Scottish Leaving Certificate Examination, 1957
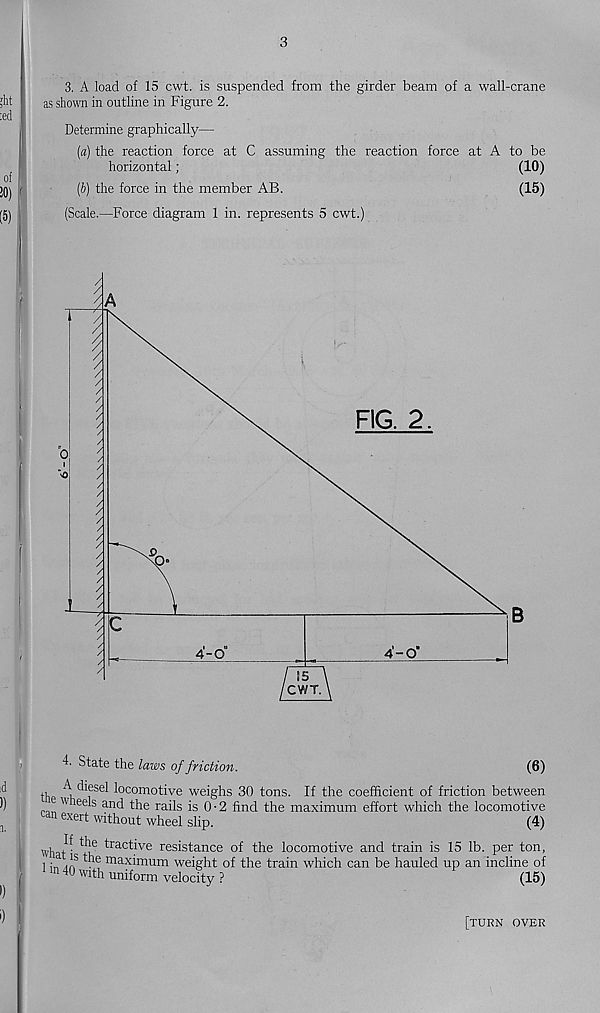
3
3. A load of 15 cwt. is suspended from the girder beam of a wall-crane
as shown in outline in Figure 2.
Determine graphically—
[а) the reaction force at C assuming the reaction force at A to be
horizontal;
(10)
(б) the force in the member AB.
(15)
(Scale.—Force diagram 1 in. represents 5 cwt.)
4- State the laws of friction.
(6)
the a
l°c om otive weighs 30 tons. If the coefficient of friction between
w leels and the rails is 0 • 2 find the maximum effort which the locomotive
can exert without wheel slip.
(4)
whaB *f| e ^r ac^ve resistance of the locomotive and train is 15 lb. per ton,
1 ir? • e ma ximum weight of the train which can be hauled up an incline of
ln 40 WI th uniform velocity ?
(15)
[turn over